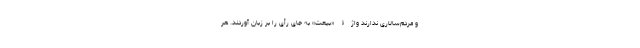
و مردم‌سالاری ندارند واژۀ «بیعت» به جای رأی را بر زبان آوردند. هر